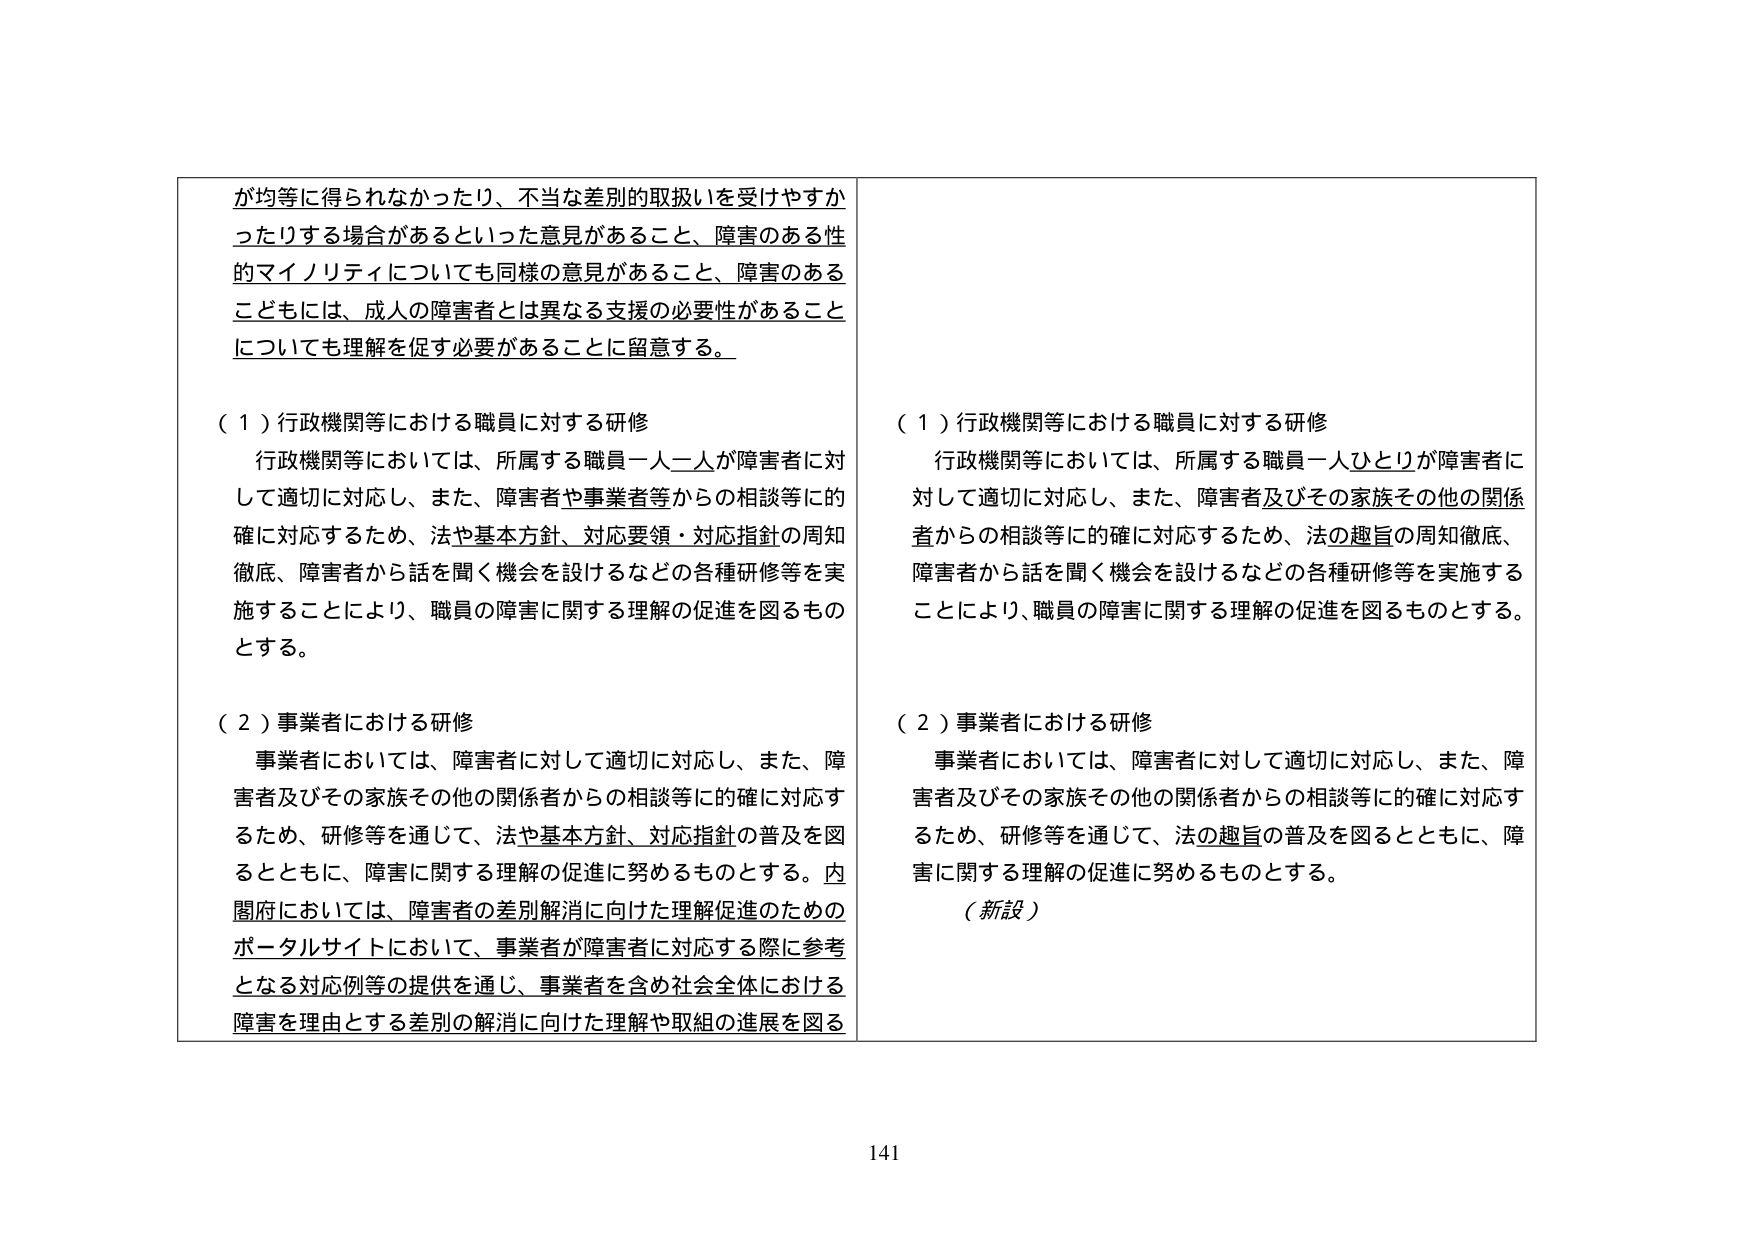
が均等に得られなかったり、不当な差別的取扱いを受けやすかったりする場合があるといった意見があること、障害のある性的マイノリティについても同様の意見があること、障害のあるこどもには、成人の障害者とは異なる支援の必要性があることについても理解を促す必要があることに留意する。

（１）行政機関等における職員に対する研修
行政機関等においては、所属する職員一人一人が障害者に対して適切に対応し、また、障害者や事業者等からの相談等に的確に対応するため、法や基本方針、対応要領・対応指針の周知徹底、障害者から話を聞く機会を設けるなどの各種研修等を実施することにより、職員の障害に関する理解の促進を図るものとする。

（２）事業者における研修
事業者においては、障害者に対して適切に対応し、また、障害者及びその家族その他の関係者からの相談等に的確に対応するため、研修等を通じて、法や基本方針、対応指針の普及を図るとともに、障害に関する理解の促進に努めるものとする。内閣府においては、障害者の差別解消に向けた理解促進のためのポータルサイトにおいて、事業者が障害者に対応する際に参考となる対応例等の提供を通じ、事業者を含め社会全体における障害を理由とする差別の解消に向けた理解や取組の進展を図る

（１）行政機関等における職員に対する研修
行政機関等においては、所属する職員一人ひとりが障害者に対して適切に対応し、また、障害者及びその家族その他の関係者からの相談等に的確に対応するため、法の趣旨の周知徹底、障害者から話を聞く機会を設けるなどの各種研修等を実施することにより、職員の障害に関する理解の促進を図るものとする。

（２）事業者における研修
事業者においては、障害者に対して適切に対応し、また、障害者及びその家族その他の関係者からの相談等に的確に対応するため、研修等を通じて、法の趣旨の普及を図るとともに、障害に関する理解の促進に努めるものとする。
（新設）

141